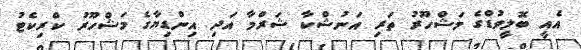
އެއީ ބޮލީވުޑްގެ މަޝްހޫރު ތަރި އަނުޝްކާ ޝަރްމާ އަދި އިންޑިޔާގެ މަޝްހޫރު ކްރިކެޓު